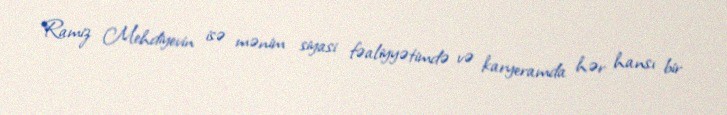
Ramiz Mehdiyevin isə mənim siyasi fəaliyyətimdə və karyeramda hər hansı bir